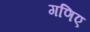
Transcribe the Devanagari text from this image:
गणिए